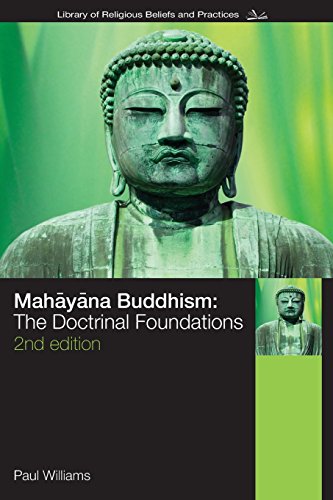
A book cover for Mahayana Buddhism: The Doctrinal Foundations (The Library of Religious Beliefs and Practices); Paul Williams; Religion & Spirituality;